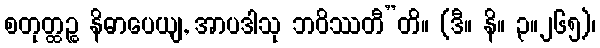
စတုတ္ထဉ္စ နိဓာပေယျ, အာပဒါသု ဘဝိဿတီ”တိ။ (ဒီ။ နိ။ ၃။၂၆၅)၊